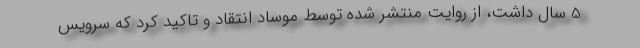
5 سال داشت، از روایت منتشر شده توسط موساد انتقاد و تاکید کرد که سرویس